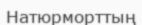
Натюрморттың